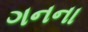
ગનના